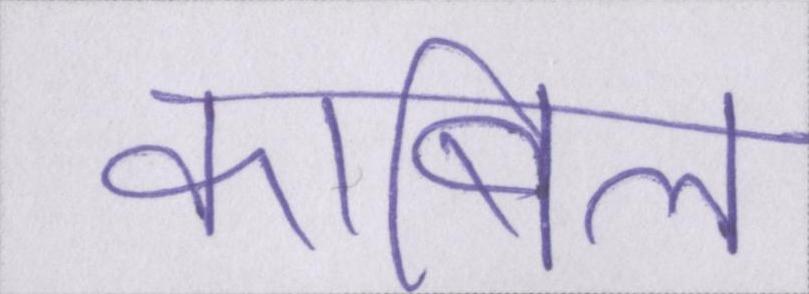
काबिल